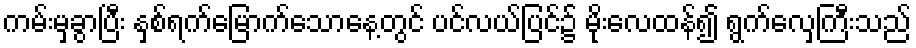
ကမ်းမှခွာပြီး နှစ်ရက်မြောက်သောနေ့တွင် ပင်လယ်ပြင်၌ မိုးလေထန်၍ ရွက်လှေကြီးသည်